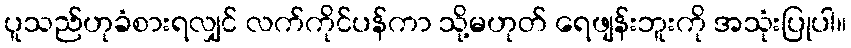
ပူသည်ဟုခံစားရလျှင် လက်ကိုင်ပန်ကာ သို့မဟုတ် ရေဖျန်းဘူးကို အသုံးပြုပါ။